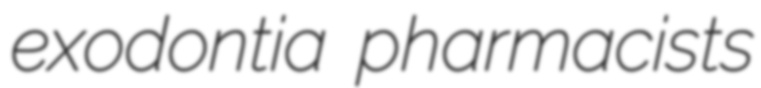
exodontia pharmacists